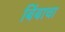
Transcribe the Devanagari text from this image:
बिंबाचा